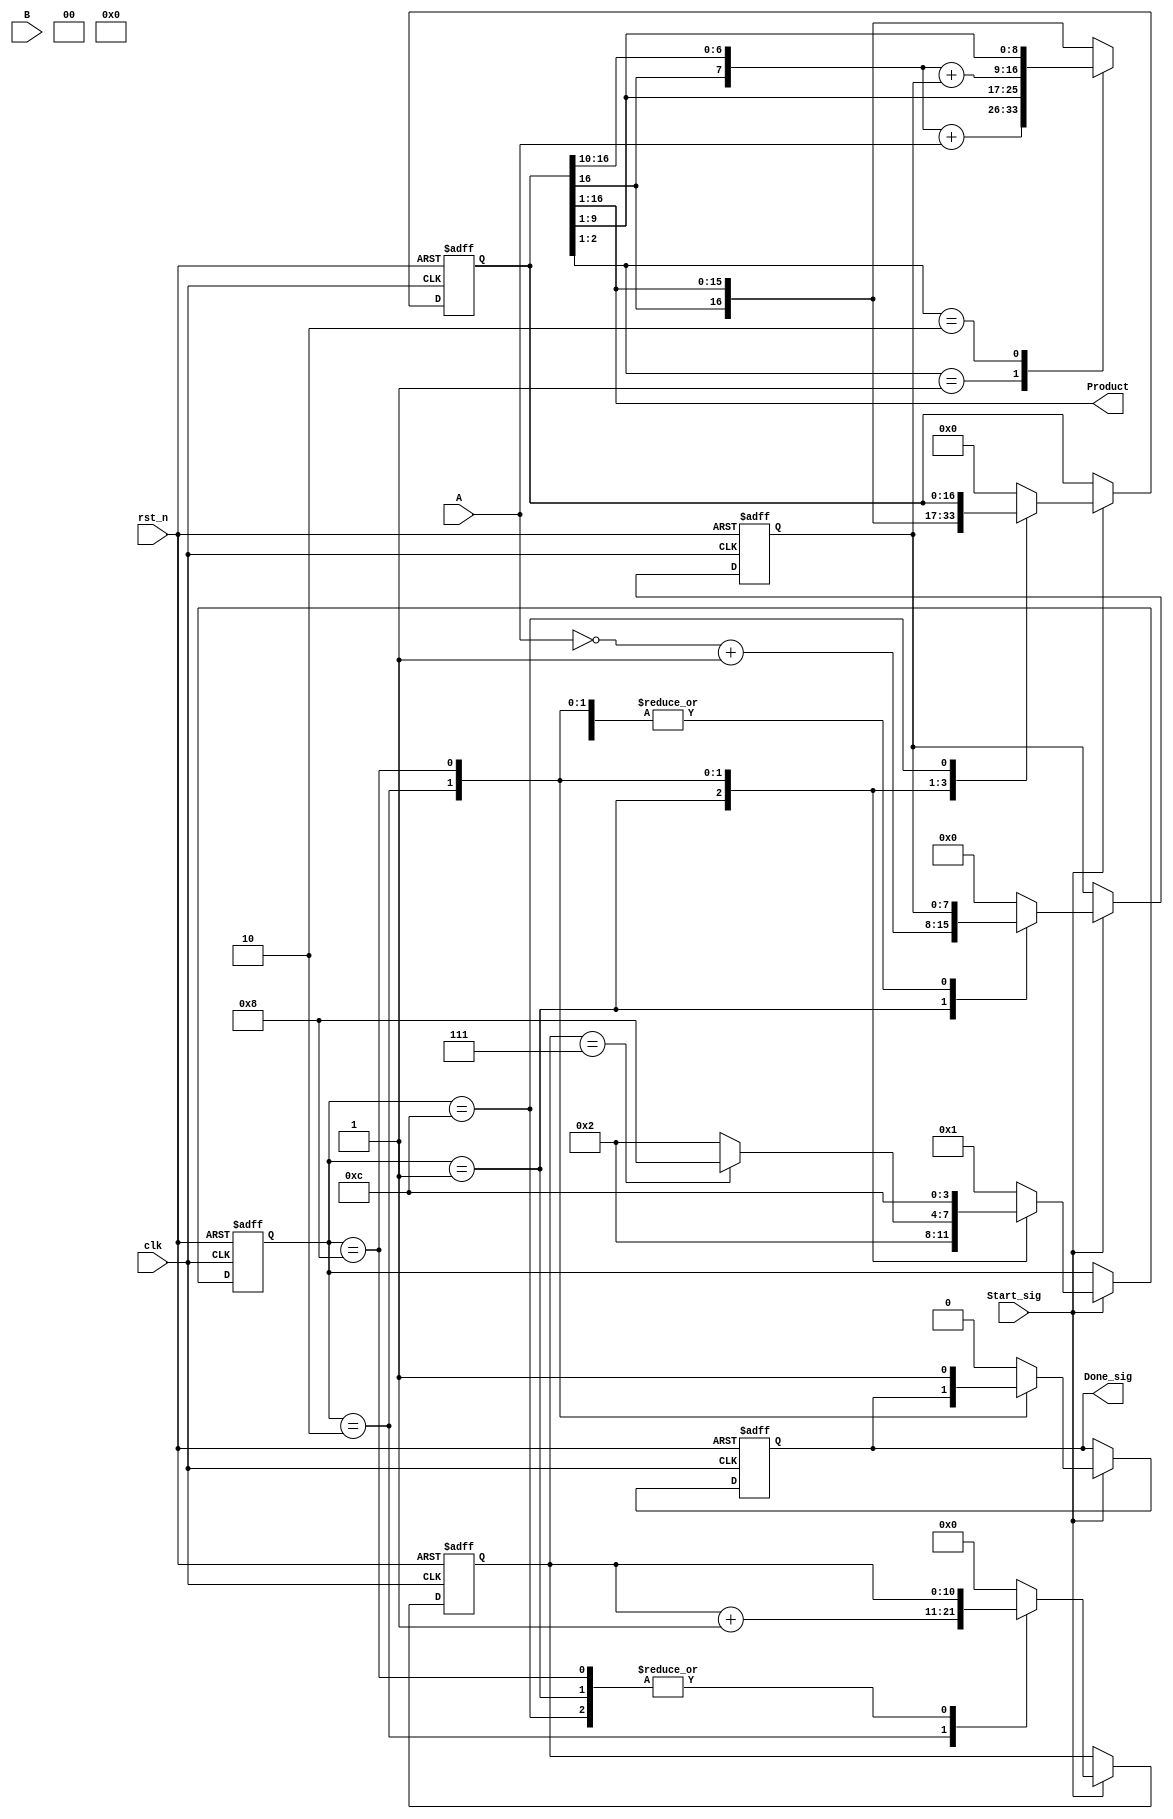
module BOOTHU(
    clk,
    rst_n,
    Start_sig,
    A,
    B,
    Done_sig,
    Product
);
    parameter DATAWIDTH = 8;
    // paramter for state
    parameter   INIT = 4'b0001;
    parameter   OPER = 4'b0010;
    parameter   RSHIFT = 4'b0100;
    parameter   OUT = 4'b1000;
    parameter   OUT2 = 4'b1100;
    // input port------------------
    input   clk;
    input   rst_n;
    input   Start_sig;
    input   [DATAWIDTH-1:0]     A;//
    input   [DATAWIDTH-1:0]     B;//
    // output ports------------------
    output  Done_sig;
    output  [2*DATAWIDTH-1:0]   Product;   
    // internal variables-------------
    reg     [DATAWIDTH-1:0]     A_n;
    reg     [2*DATAWIDTH:0]     booth_p;
    reg     [10:0]  counter;//counter for state count
    reg     [3:0]   state;
    reg     Done;
    reg     Start_sig_reg;
    // code starts here---------------
    always @(posedge clk, negedge rst_n) begin
        if(!rst_n)begin
            booth_p <= 0;
            Done <= 0;
            A_n <= 0;
            counter <= 0;
            state <= INIT;
        end
        else begin   
            if(Start_sig)//         
                case (state)
                INIT:begin
                    Done <= 1'b0;
                    A_n <= (~A+1'b1);
                    booth_p <= {{(DATAWIDTH-1){1'b0}},B,2'b00};
                    state <= OPER;
                    //counter <=  1'b1;
                end
                OPER:begin
                    //counter <= counter + 1'b1;
                    case(booth_p[2:1])
                        2'b01:begin
                            booth_p <= {{booth_p[2*DATAWIDTH],booth_p[2*DATAWIDTH:DATAWIDTH+2]}+A,booth_p[DATAWIDTH+1:1]};
                        end
                        2'b10:begin
                            booth_p <= {{booth_p[2*DATAWIDTH],booth_p[2*DATAWIDTH:DATAWIDTH+2]}+A_n,booth_p[DATAWIDTH+1:1]};
                        end
                        default: begin
                            booth_p <= {booth_p[2*DATAWIDTH],booth_p[2*DATAWIDTH:1]};;
                        end
                    endcase
                    //state <= RSHIFT;
                //end
                //RSHIFT:begin
                    counter <= counter + 1'b1;
                    
                //    booth_p <= {booth_p[2*DATAWIDTH],booth_p[2*DATAWIDTH:1]};
                    if(counter == DATAWIDTH-1)
                        state <= OUT;
                    else    state <= OPER;
                end
                OUT:begin
                    booth_p <= {booth_p[2*DATAWIDTH],booth_p[2*DATAWIDTH:1]};;
                    Done <= 1'b1;
                    state <= OUT2;
                    //counter <= counter + 1'b1;
                end
                OUT2:begin
                    Done <= 1'b0;
                    state <= INIT;
                end
                default: begin
                    booth_p <= 0;
                    Done <= 0;
                    A_n <= 0;
                    counter <= 0;
                    state <= INIT;
                end
            endcase
        end
    end

    // always @(posedge clk or negedge rst_n)
    // if(!rst_n)begin
    //     state <= INIT;
    //     Start_sig_reg <= 0;
    // end
    // else begin
    //     Start_sig_reg <= Start_sig;
    //     if(counter==0 && Start_sig_reg==1'b0 && Start_sig==1'b1) state <= OPER;//
    //     else if (counter == 2*DATAWIDTH)    state <= OUT;
    //     else if(counter[0] == 1'b0) state <= OPER;
    //     else if(counter[0] == 1'b1 && counter != 1) state <= RSHIFT; 
    //     else state<= INIT;
    // end

    assign Done_sig = Done;
    assign Product = booth_p[2*DATAWIDTH:1];
endmodule